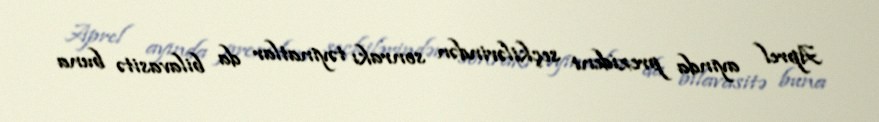
Aprel ayında prezident seçkilərindən sonrakı təyinatlar da bilavasitə buna